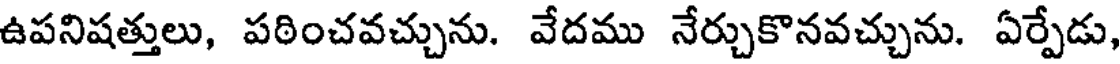
ఉపనిషత్తులు, పఠించవచ్చును. వేదము నేర్చుకొనవచ్చును. ఏర్పేడు,